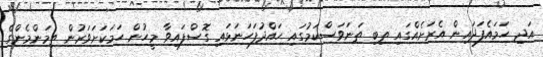
އަދި ހަމައެފަދައިން އެރަށެއްގައި ތިބި ތަނަވަސްކަމުގައި ހައްދުފަހަނަޅައި ގޮސްފައިވާ މީހުން ހަމަކަށަވަރުން ތިމަންމެންގެ